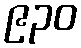
၉၃၀